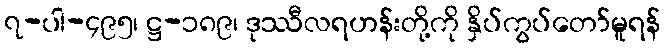
၇-ပါ-၄၉၅၊ ဋ္ဌ-၁၈၉၊ ဒုဿီလရဟန်းတို့ကို နှိပ်ကွပ်တော်မူရန်